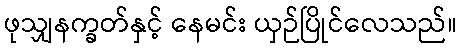
ဖုသျှနက္ခတ်နှင့် နေမင်း ယှဉ်ပြိုင်လေသည်။